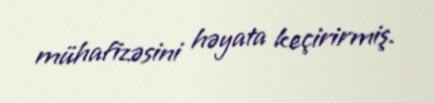
mühafizəsini həyata keçirirmiş.